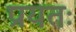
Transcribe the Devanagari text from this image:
प्रयतः